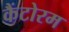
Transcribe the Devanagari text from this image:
कैंटोरम